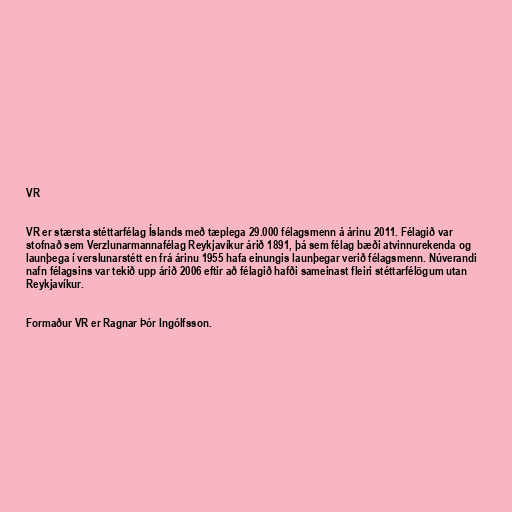
VR

VR er stærsta stéttarfélag Íslands með tæplega 29.000 félagsmenn á árinu 2011. Félagið var
stofnað sem Verzlunarmannafélag Reykjavíkur árið 1891, þá sem félag bæði atvinnurekenda og
launþega í verslunarstétt en frá árinu 1955 hafa einungis launþegar verið félagsmenn. Núverandi
nafn félagsins var tekið upp árið 2006 eftir að félagið hafði sameinast fleiri stéttarfélögum utan
Reykjavíkur.

Formaður VR er Ragnar Þór Ingólfsson.